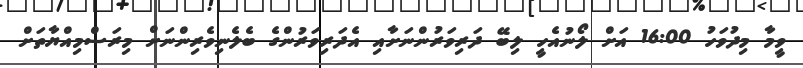
ވީމާ މިދުވަހު 16:00 އަށް ލޯނުއެހީ ލިބޭ ދަރިވަރުންނަށާއި އެދަރިވަރުންގެ ބެލެނިވެރިންނަށް މިރަސްމިއްޔާތަށް